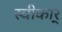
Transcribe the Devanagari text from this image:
स्वीकार्